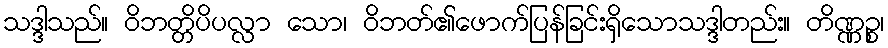
သဒ္ဒါသည်။ ဝိဘတ္တိပိပလ္လာ သော၊ ဝိဘတ်၏ဖောက်ပြန်ခြင်းရှိသောသဒ္ဒါတည်း။ တိဏ္ဏဉ္စ၊